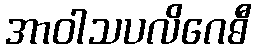
အာဝါသပလိဂေဓီ